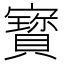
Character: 寳